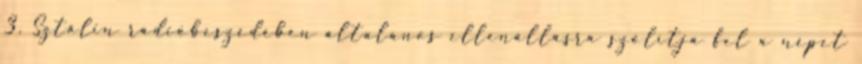
3. Sztálin rádióbeszédében általános ellenállásra szólítja fel a népet